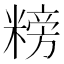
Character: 𥻭